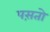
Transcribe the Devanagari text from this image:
पस़तो